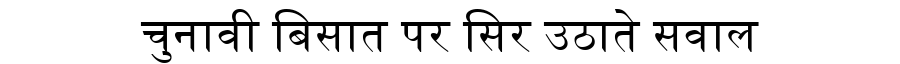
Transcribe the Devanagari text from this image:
चुनावी बिसात पर सिर उठाते सवाल